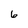
Character: 6